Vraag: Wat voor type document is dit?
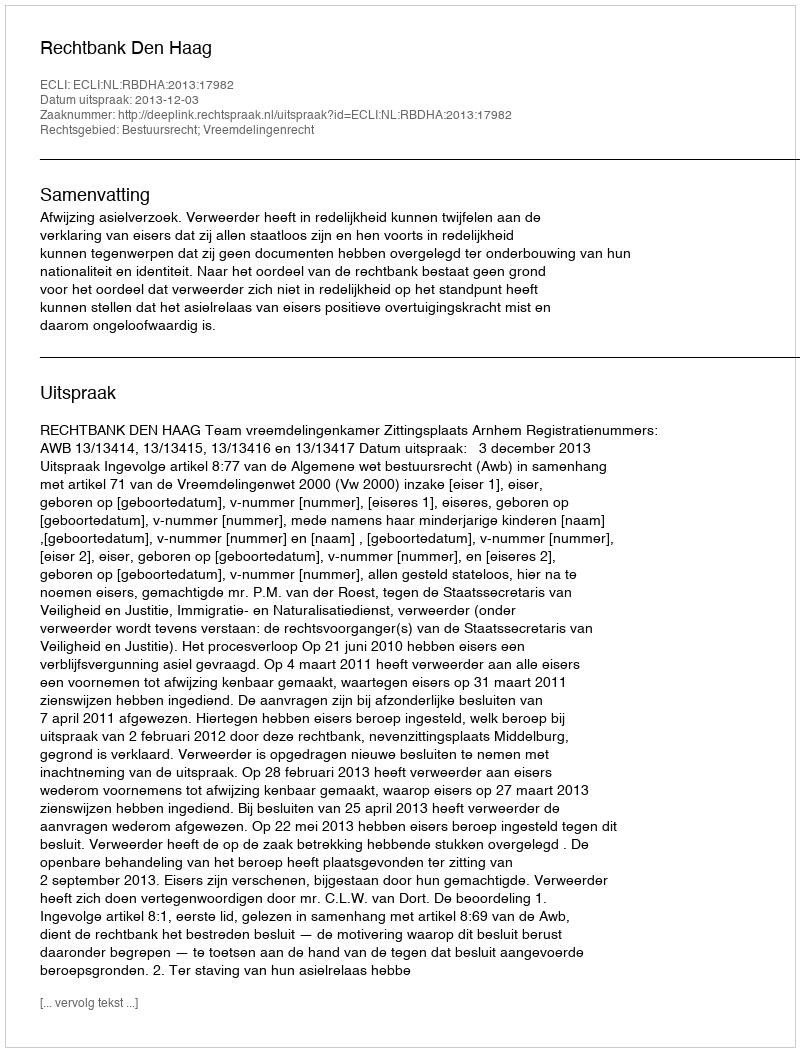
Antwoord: Uitspraak